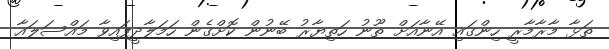
ތަޅާ މާރާމާރީ ހިންގައި އޭނާއަށް ތޫނު ހަތިޔާރު ބޭނުން ކޮށްގެން ހަމަލާދީފައިވާ މައްސަލައާ